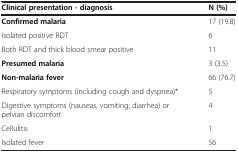
| Clinical presentation - diagnosis | N (%) |
 | --- | --- |
 | Confirmed malaria | 17 (19.8) |
 | Isolated positive RDT | 6 |
 | Both RDT and thick blood smear positive | 11 |
 | Presumed malaria | 3 (3.5) |
 | Non-malaria fever | 66 (76.7) |
 | Respiratory symptoms (including cough and dyspnea)* | 5 |
 | Digestive symptoms (nauseas, vomiting, diarrhea) or pelvian discomfort | 4 |
 | Cellulitis | 1 |
 | Isolated fever | 56 |